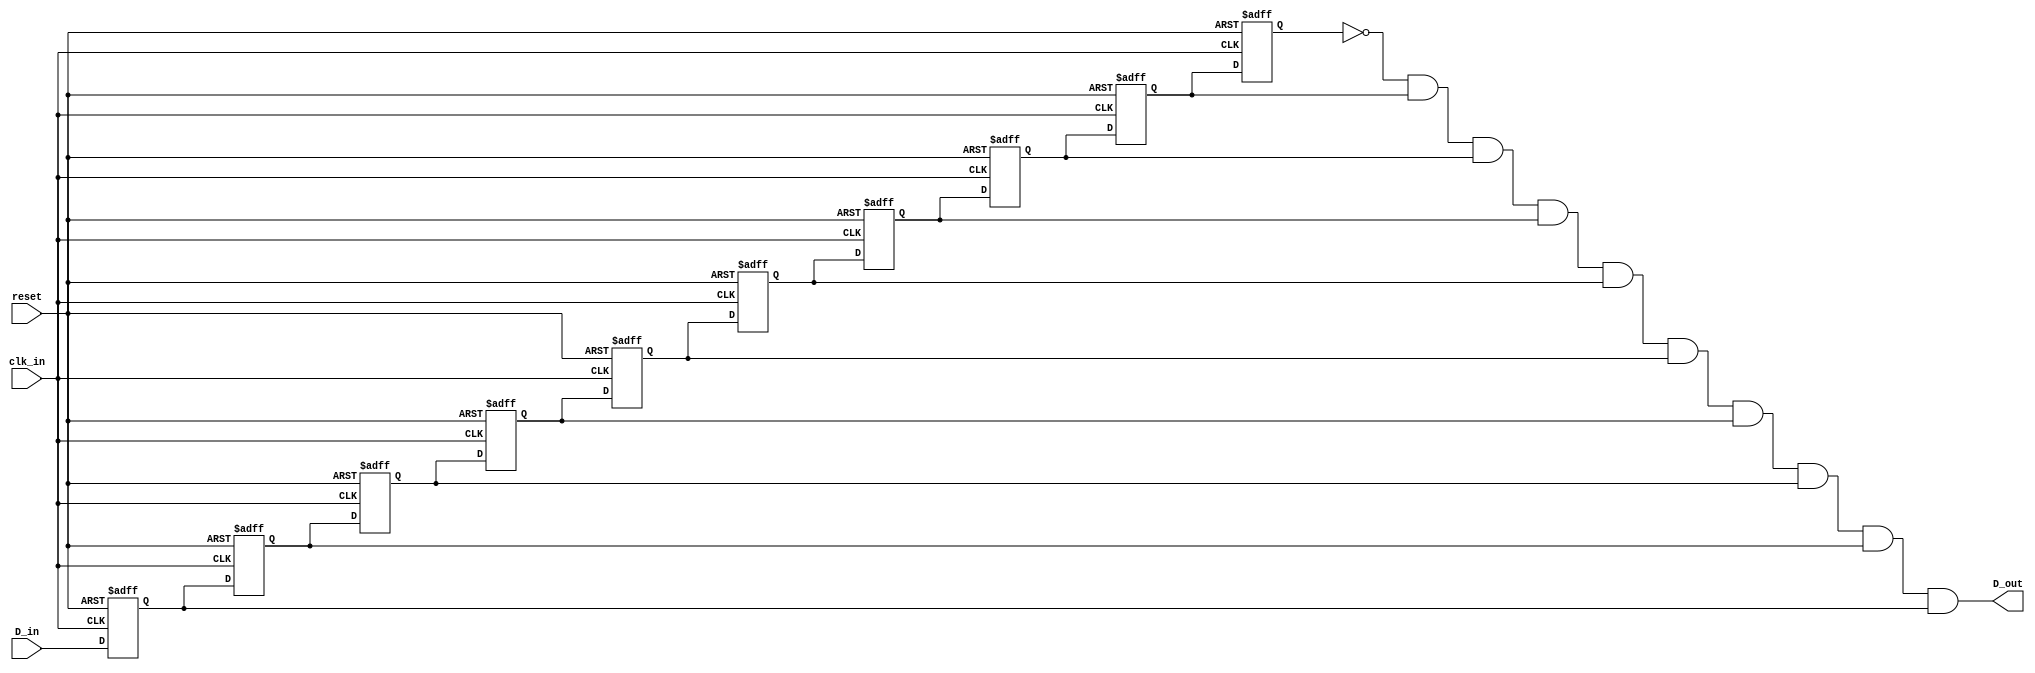
/**********************************************************
*	Project:		010110 Non Overlapping Sequence Detector
*	Designer:	Liam Gogley
*	Rev. Date:	2016-02-15
*
*	Purpose:		The debounce allows the select button to be 
*              fired, and send a steady signal as a an 
*					input to the Shift Register.
*
*	Notes:		A one-shot is initialized to prevent 
*					problems announced by holding the select 
*					button, as it caps off to prevent a 
*					further signal.  This is possible by 
*					allowing 10 registers, with 2ms per 
*					register, a total of 20ms passes permitting
*					a debounced switch. At the end, the last
*					register is accounted for with negative 
*					logic to	prevent the user from carrying 
*					the output by holding the step.
***********************************************************/
`timescale 1ns / 1ps

module debounce(D_in, clk_in, reset, D_out);
	// The following template provides a one-shot pulse
	// from a non-clock input (D_in)

	input D_in, clk_in, reset;
	output D_out;
	wire D_out;
	
	// 10 registers since 2ms per register, 
	// and general rule is 20ms for debounce
	reg q9, q8, q7, q6, q5, q4, q3, q2, q1, q0;
	
	always @ (posedge clk_in or posedge reset)
		if (reset == 1'b1)
		{q9,q8,q7,q6,q5,q4,q3,q2,q1,q0} <= 10'b0;
		
		else 
			begin
				// Shift in the D_in input signal
				// to all ten registers
				q9 <= q8; q8 <= q7; 
				q7 <= q6; q6 <= q5; 
				q5 <= q4; q4 <= q3; 
				q3 <= q2; q2 <= q1; 
				q1 <= q0; q0 <= D_in;
			end
		
		//********************************************
		// Creates the debounced, one-shot output 
		// pulse	by	asserting negative logic on 
		// last register to prevent a longer signal 
		// than needed.	 	
		//********************************************
		assign D_out = !q9 & q8 & q7 & q6 & q5 & 
							 q4 & q3 & q2 & q1 & q0;


endmodule